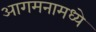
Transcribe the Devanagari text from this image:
आगमनामध्ये